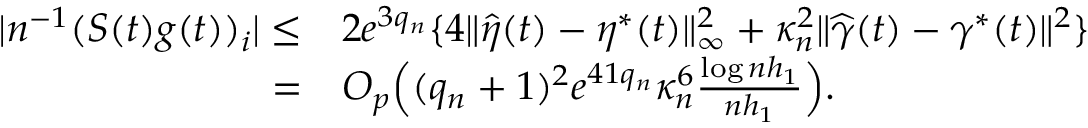
\begin{array} { r l } { | n ^ { - 1 } ( S ( t ) g ( t ) ) _ { i } | \le } & { 2 e ^ { 3 q _ { n } } \{ 4 \| \widehat { \eta } ( t ) - \eta ^ { * } ( t ) \| _ { \infty } ^ { 2 } + \kappa _ { n } ^ { 2 } \| \widehat { \gamma } ( t ) - \gamma ^ { * } ( t ) \| ^ { 2 } \} } \\ { = } & { O _ { p } \Big ( ( q _ { n } + 1 ) ^ { 2 } e ^ { 4 1 q _ { n } } \kappa _ { n } ^ { 6 } \frac { \log n h _ { 1 } } { n h _ { 1 } } \Big ) . } \end{array}